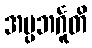
အပ္ပဘင်္ဂူတိ